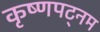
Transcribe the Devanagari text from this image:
कृष्णपट्नम